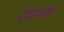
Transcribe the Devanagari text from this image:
दैवतांवरील